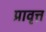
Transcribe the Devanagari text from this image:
प्रावृत्त